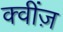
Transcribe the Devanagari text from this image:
क्वींज़